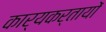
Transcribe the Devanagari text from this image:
कार्यकर्तायों